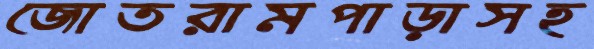
জোতরামপাড়াসহ